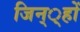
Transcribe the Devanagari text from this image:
जिन््हों